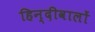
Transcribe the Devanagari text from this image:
हिन्दीवालों